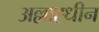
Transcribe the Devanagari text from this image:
अल्लाह्धीन